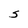
Character: S